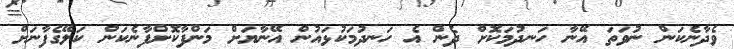
ވެދާނެކަން ނުވަތަ އޭނާ ހަނދުމަކޮށް ދެން އެ ހަނދުމަކުޅައުން އޭނާޔަށް މަންފާކޮށްފާނެކަން ކަލޭގެފާނަށް